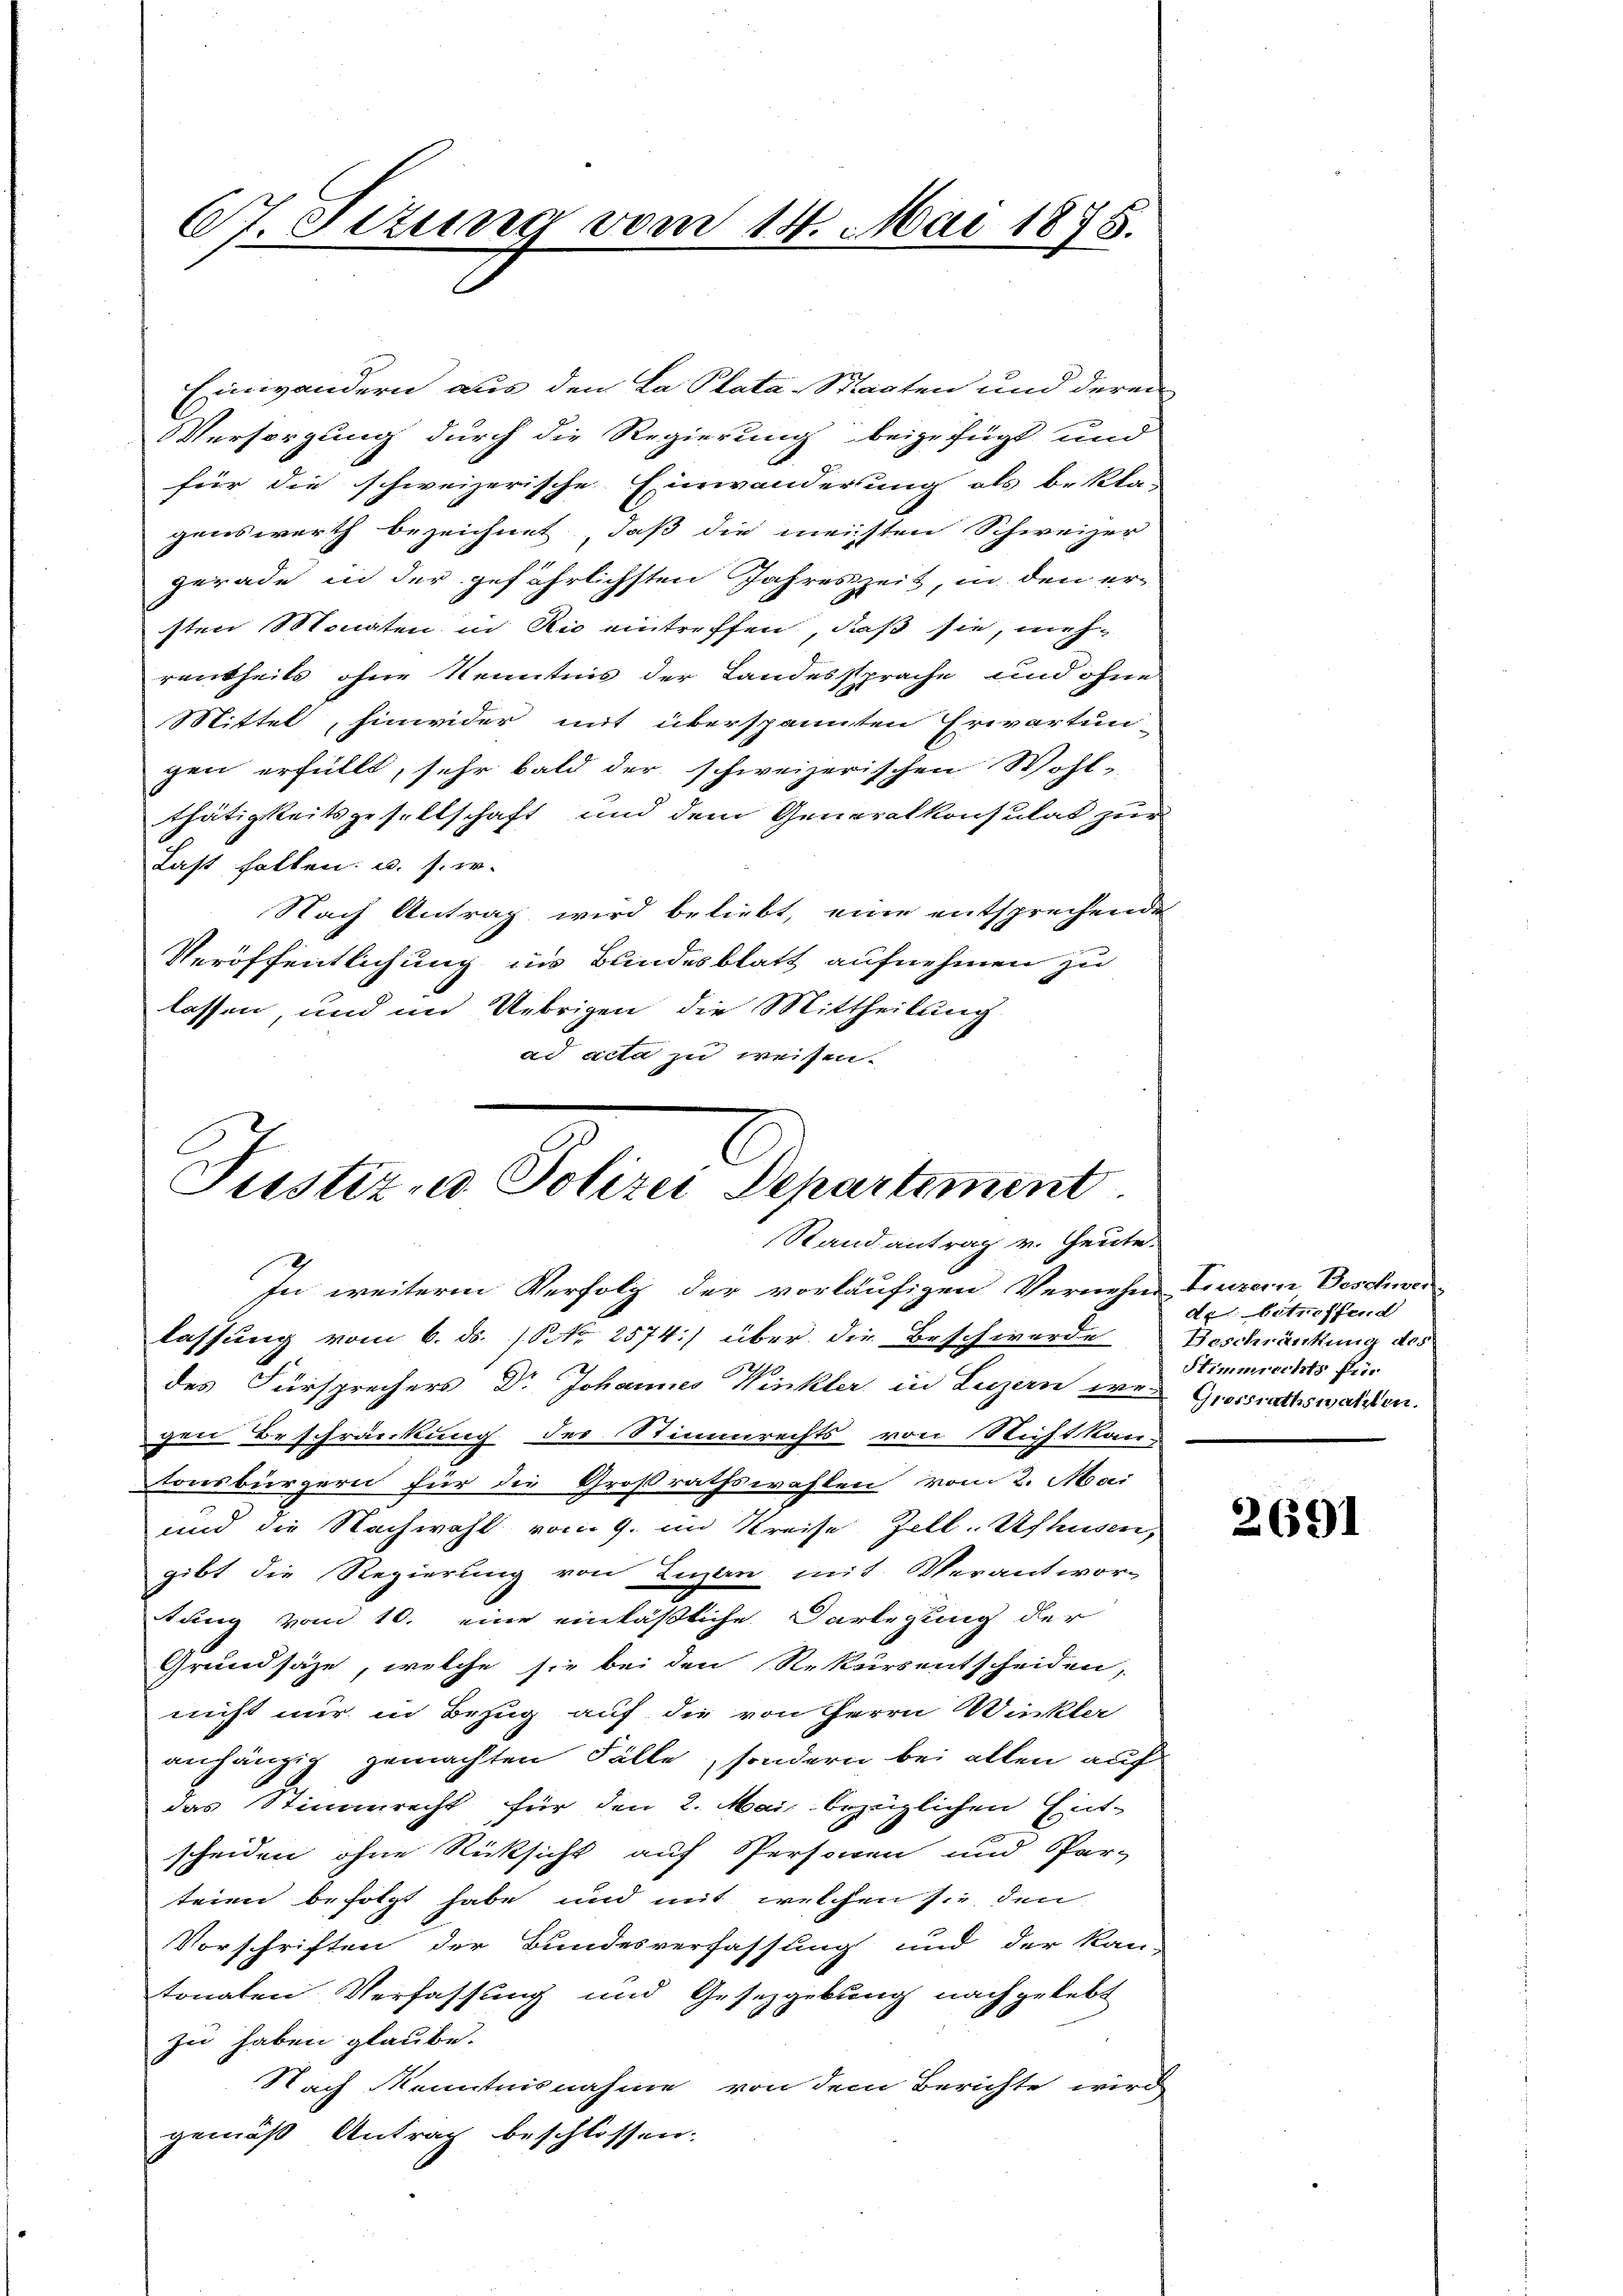
G.Sttung vom 14. Mai 1875.

Einwandern aus den La Plata-Sagten und deren
Versorgung durch die Regierung beigefügt und
für die schweizerische Einwanderung als beklar
genswerth bezeichnet, daß die meisten Schweizer
gerade in der gefährlichsten Jahreszeit, in den er
sten Monaten in Rico eintreffen, daß sie, mehrankheits ohne Kenntnis der Landessprache und ohne
Mittel, hinwider mit überspannten Erwartun-
gen erfüllt, sehr bald der schweizerischen Wohl-
thätigkeitsgesellschaft und dem Generalkonsulat zur
Last halten u. s. w.
Nach Antrag wird beliebt, eine entsprechende
Veröffentlichung ins Bundesblatt aufnehmen zu
lassen, und im Uebrigen die Mittheilung
ad acta zu weisen.

Justiz nd Polizei Departiment.
Randantrag v. Heute.

In weitere Verfolg der vorläufigen Vernehm Luzern Beschwer-
lassung vom 6. ds. (S. 2574) über die Beschwerde
des Fürsprechers Dr Johannes Winkler in Luzern wer Grossrathswahlen.
gen Beschränkung des Stimmrechts von Nicht kan-
tonsbürgern für die Großrathswahlen vom 2. Mai
und die Nachwahl vom 9. im Kreise Zell. Ufhusen,
gibt die Regierung von Lugan mit Verantwor-
tung vom 10. eine einläßliche Darlegung der
Grundsäze, welche sie bei den Rekurs entscheiden,
nicht nur in Bezug auf die von Herrn Winkler
anhängig gemachten Fälle, sondern bei allen auf
das Stimmrecht für den 2. Mai bezüglichen Ent-
scheiden ohne Rücksicht auf Personen und Par-
teien befolgt habe und mit welchen sie den
Vorschriften der Bundesverfassung und der kan-
tonaten Verfassung und Gesetzgebung nachgelebt
zu haben glaube.
Nach Kenntnisnahme von dem Berichte wird
gemäß Antrag beschlossen.

de betreffend
Beschränkung des
Stimmrechts Ein

2691